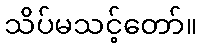
သိပ်မသင့်တော်။